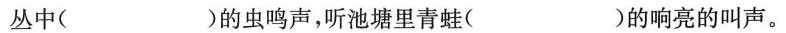
丛中( )的虫鸣声，听池塘里青蛙( )的响亮的叫声。